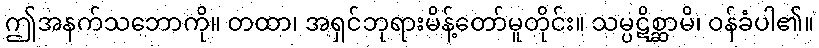
ဤအနက်သဘောကို။ တထာ၊ အရှင်ဘုရားမိန့်တော်မူတိုင်း။ သမ္ပဋိစ္ဆာမိ၊ ဝန်ခံပါ၏။